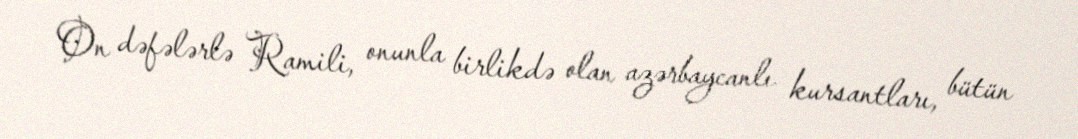
On dəfələrlə Ramili, onunla birlikdə olan azərbaycanlı kursantları, bütün